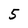
Character: 5